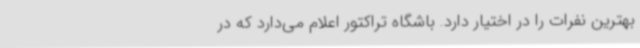
بهترین نفرات را در اختیار دارد. باشگاه تراکتور اعلام می‌دارد که در